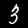
Label: 3